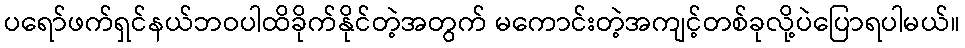
ပရော်ဖက်ရှင်နယ်ဘဝပါထိခိုက်နိုင်တဲ့အတွက် မကောင်းတဲ့အကျင့်တစ်ခုလို့ပဲပြောရပါမယ်။